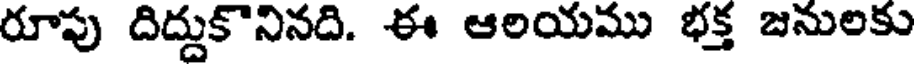
రూపు దిద్దుకొనినది. ఈ ఆలయము భక్త జనులకు